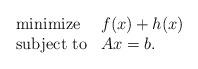
LaTeX: \begin{align*} \begin{array}{ll} \mbox{minimize} & f(x) + h(x) \\ \mbox{subject to} & Ax=b. \end{array}\end{align*}